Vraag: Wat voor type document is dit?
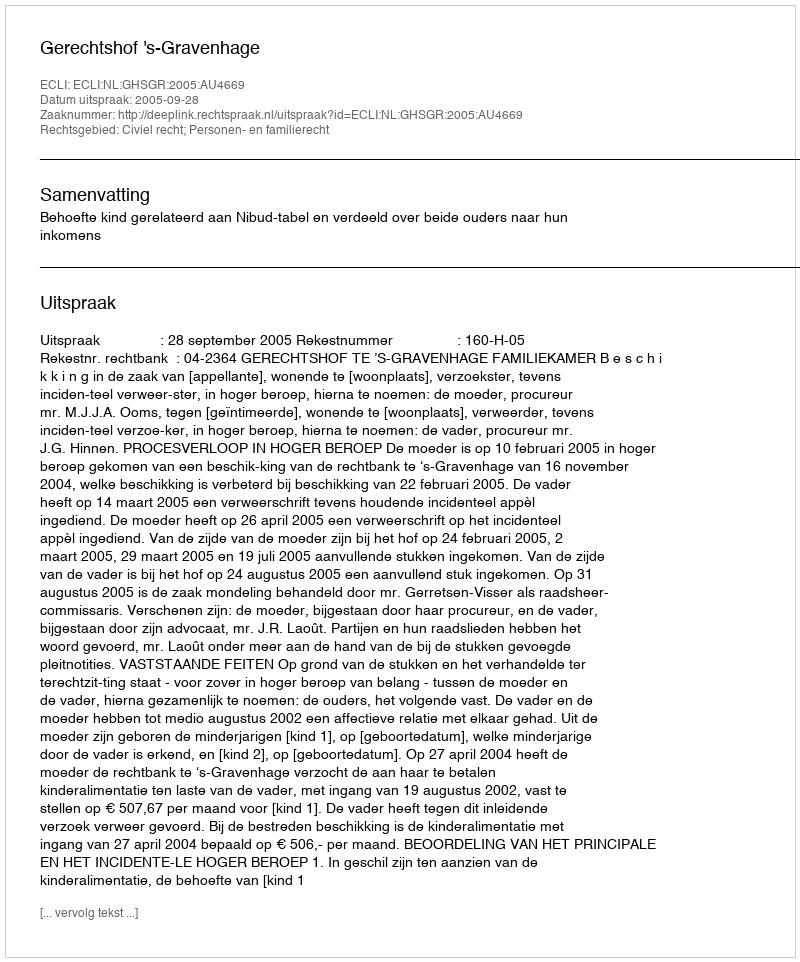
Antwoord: Uitspraak